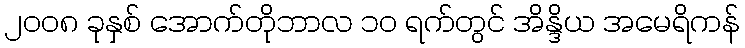
၂၀၀၈ ခုနှစ် အောက်တိုဘာလ ၁၀ ရက်တွင် အိန္ဒိယ အမေရိကန်